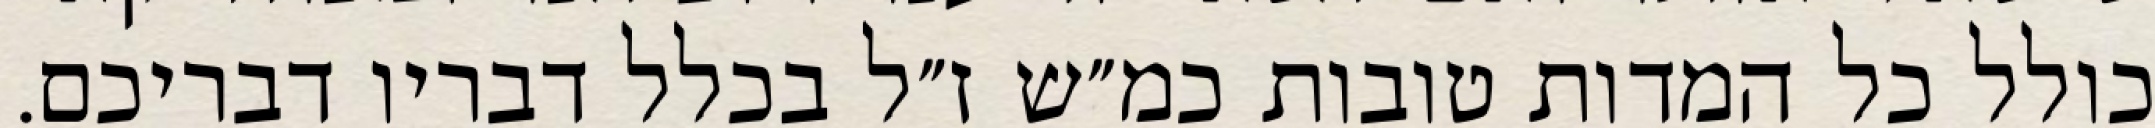
כולל כל המדות טובות כמ״ש ז״ל בכלל דבריו דבריכם.